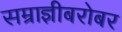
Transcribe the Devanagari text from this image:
सम्राज्ञीबरोबर